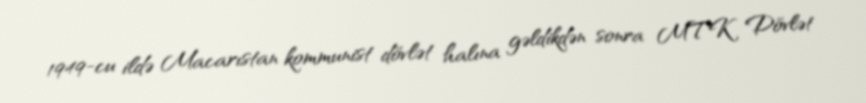
1949-cu ildə Macarıstan kommunist dövlət halına gəldikdən sonra MTK Dövlət